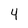
Character: 4